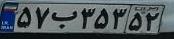
۵۷ب۳۵۳۵۲